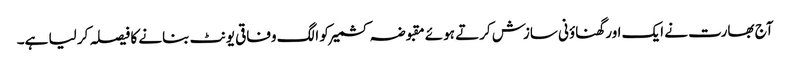
آج بھارت نے ایک اور گھناؤنی سازش کرتے ہوئے مقبوضہ کشمیر کو الگ وفاقی یونٹ بنانے کا فیصلہ کر لیا ہے۔